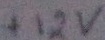
Text: +12V